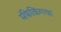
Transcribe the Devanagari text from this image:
मॅफेकिंगचा